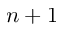
n + 1